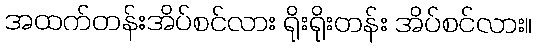
အထက်တန်းအိပ်စင်လား ရိုးရိုးတန်း အိပ်စင်လား။